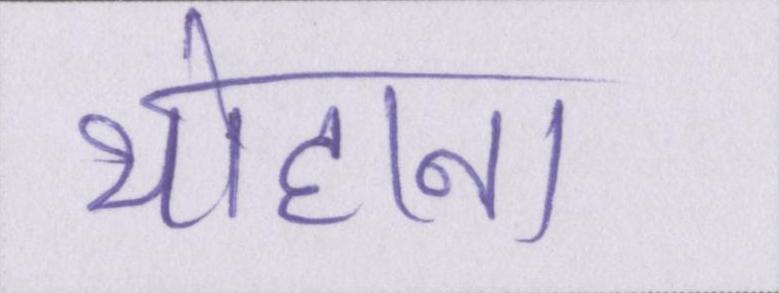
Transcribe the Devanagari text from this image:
योहाना